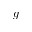
g